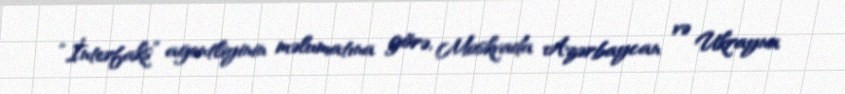
“İnterfaks” agentliyinin məlumatına görə, Moskvada Azərbaycan və Ukrayna